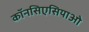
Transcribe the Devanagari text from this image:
कॉनसिएसियाओ